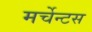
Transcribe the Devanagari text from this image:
मर्चेन्टस